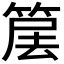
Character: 𥮱